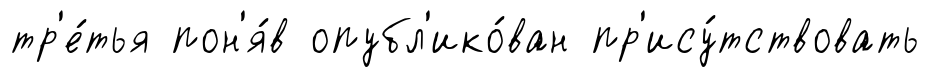
тр'е́тья пон'я́в опубл'ико́ван пр'ису́тствовать